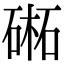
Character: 𣗁